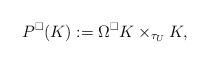
LaTeX: \begin{align*} P^{\square}(K):=\Omega^{\square}K\times_{\tau_U} K, \end{align*}